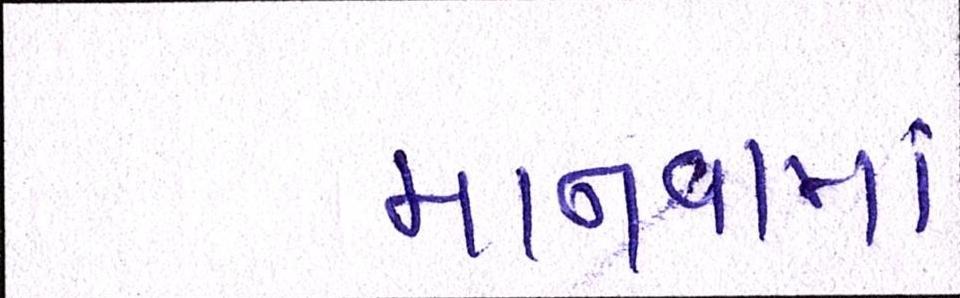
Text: માનવામાં